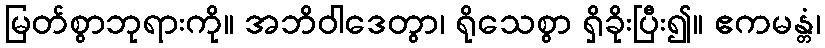
မြတ်စွာဘုရားကို။ အဘိဝါဒေတွာ၊ ရိုသေစွာ ရှိခိုးပြီး၍။ ဧကမန္တံ၊